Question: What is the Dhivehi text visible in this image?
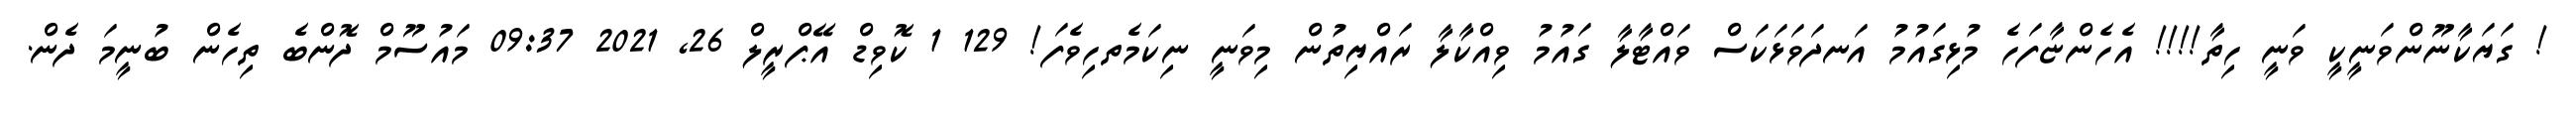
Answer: ! ގަޔަކާނޫންވަނީކީ ވަނީ ހިތާ!!!! އެހެންޏާފަހެ މުޅިގައުމު އަނދަވަޅަކަސް ވައްޓާލާ ގައުމު ވިއްކާލާ ރައްޔިތުން މިވަނީ ނިކަމެތހިވެފަ! 129 1 ކޮވިޑް އޭޕްރީލް 26, 2021 09:37 މައުސޫމް ދޮންބެ ތިހެން ބުނީމަ ދެން.